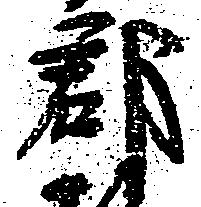
郡